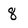
Character: 8